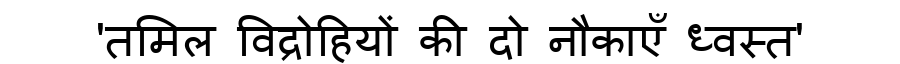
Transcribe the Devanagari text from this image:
'तमिल विद्रोहियों की दो नौकाएँ ध्वस्त'